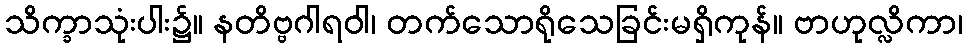
သိက္ခာသုံးပါး၌။ နတိဗ္ဗဂါရဝါ၊ တက်သောရိုသေခြင်းမရှိကုန်။ ဗာဟုလ္လိကာ၊